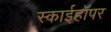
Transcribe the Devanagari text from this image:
स्काईहॉपर